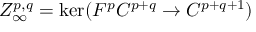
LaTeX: Z _ { \infty } ^ { p , q } = \ker ( F ^ { p } C ^ { p + q } \rightarrow C ^ { p + q + 1 } )